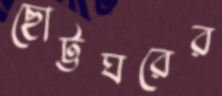
ছোট্টঘরের